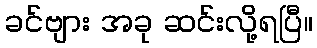
ခင်ဗျား အခု ဆင်းလို့ရပြီ။